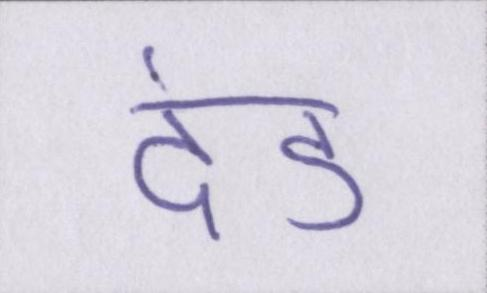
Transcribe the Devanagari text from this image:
दंड